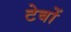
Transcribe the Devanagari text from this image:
टेबों